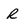
Character: R